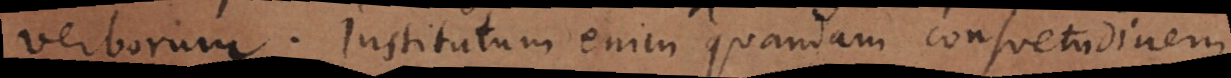
verborum. Institutum enim quandam consuetudinem